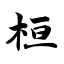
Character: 桓